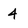
Character: 4